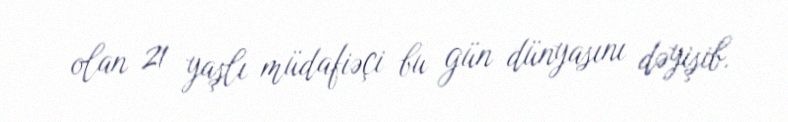
olan 21 yaşlı müdafiəçi bu gün dünyasını dəyişib.